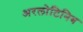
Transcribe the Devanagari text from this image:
अरलोटिनिब